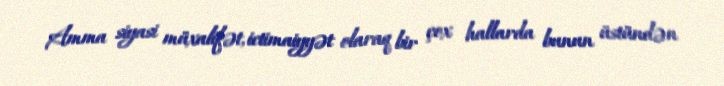
Amma siyasi müxalifət, ictimaiyyət olaraq bir çox hallarda bunun üstündən